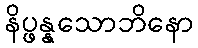
နိပ္ဖန္နသောဘိနော